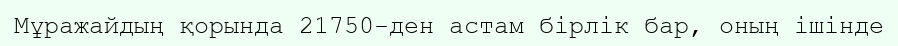
Мұражайдың қорында 21750-ден астам бірлік бар, оның ішінде